Report on sanitation, dispensaries, and jails in Rajputana for 1917, and on vaccination for the year 1917-1918 - 1917-1918
Year: 1917
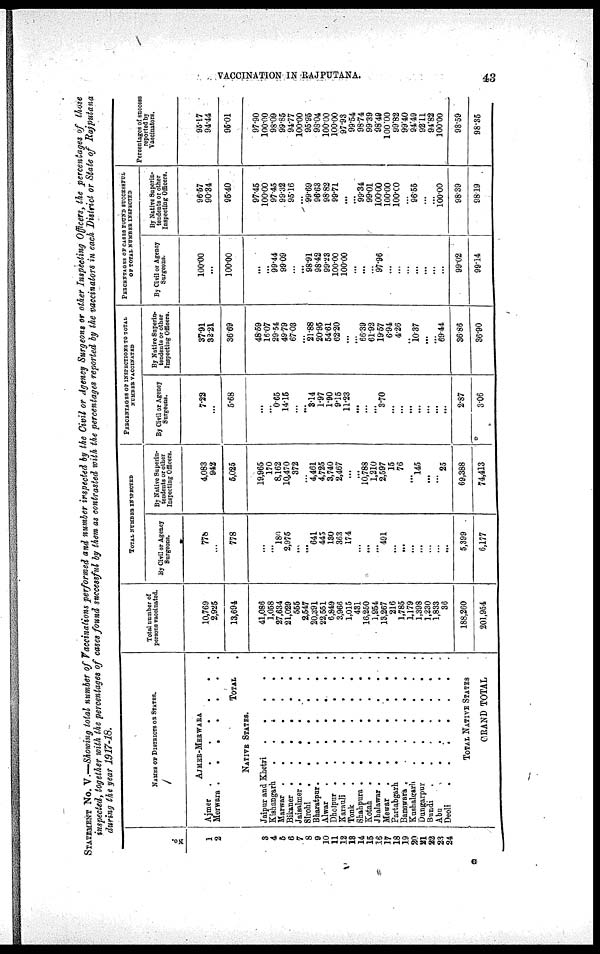
VACCINATION IN RAJPUTANA.
43
STATEMENT NO. V.—Showing total number of Vaccinations performed and number inspected by the Civil or Agency Surgeons or other Inspecting Officers, the percentages of those
inspected, together with the percentages of cases found successful by them as contrasted with the percentages reported by the vaccinators in each District or State of Rajputana
during the year 1917-18.
No.
1
2
3
4
5
6
7
8
9
10
11
12
13
14
15
16
17
18
19
20
21
22
23
24
NATIVE OF DISTRICTS OR STATES.
AJMER-MERWARA
Ajmer
.
.
.
.
.
.
.
Merwara .
.
.
.
.
.
.
TOTAL .
NATIVE STATES.
Jaipur and Khetri
.
.
.
.
Kishangarh
.
.
.
.
..
Marwar
.
.
.
.
.
.
.
Bikaner .
.
.
.
.
.
.
Jaisalmer .
.
.
.
.
.
.
Sirohi
.
.
.
.
.
.
.
Bharatpur
.
.
.
.
.
.
.
Alwar
.
.
.
.
. .
.
.
Dholpur .
.
.
.
.
.
.
Karauli .
.
.
.
.
.
.
Tonk
Shahpura .
.
.
.
.
.
.
Kotah
Jhalawar .
.
.
.
.
.
.
Mewar
.
.
.
.
.
.
.
Partabgarh
.
.
.
.
.
.
Banawara
.
.
.
.
.
.
.
Kushalgarh . . . . . .
Dungarpur
.
.
.
.
.
.
Bundi
.
.
.
.
.
.
.
Abu . . . . . . . .
Deoli
.
.
.
.
.
.
.
TOTAL NATIVE STATES
GRAND TOTAL
Total number of
persons vaccinated.
10,769
2,925
13,694
41,086
1,058
27,634
21,029
555
2,547
20,391
22,551
6,849
3,966
1,015
431
16,250
1,954
13,267
216
1,785
1,179
1,398
1,230
1,833
36
188,260
201,954
TOTAL NUMBER INSPECTED
By Civil or Agency
Surgeons.
778
...
778
...
...
180
2,975
...
...
641
445
130
363
174
...
...
...
491
...
...
...
...
...
...
. ..
5,399
6,177
By Native Superin-
tendents or other
Inspecting Officers.
4,083
942
5,025
19,965
170
8,162
10,470
372
...
4,461
4,725
3,740
2,467
...
...
10,788
1,210
2,597
15
76
...
145
...
...
25
69,388
74,413
PERCENTAGES OF INSPECTIONS TO TOTAL
NUMBER VACCINATED
By Civil or Agency
Surgeons.
7.22
...
5.68
...
...
0.65
14.15
...
...
3.14
1.97
1.90
9.15
11.23
...
...
...
3.70
...
...
...
...
...
...
...
2.87
3.06
By Native Superin-
tendents or other
Inspecting Officers.
37.91
32.21
36.69
48.59
16.07
29.54
49.79
67.03
...
21.88
20.95
54.61
62.20
...
...
66.39
61.92
19.57
6.94
4.26
..
10.37
...
...
69.44
36.86
36.90
PERCENTAGES OF CASES FOUND SUCCUESSFUL
OF TOTAL NUMBER INSPECTED
By Civil or Agency
Surgeons.
l00.00
...
100.00
...
...
99.44
99.09
...
...
98.91
98.42
99.23
100.00
100.00
...
...
...
97.96
...
...
...
...
...
...
...
99.02
99.14
By Native Superin-
tendents or other
Inspecting Officers.
96.57
90.34
95.40
97.45
100.00
97.45
99.32
95.16
...
99.69
96.63
98.82
99.71
...
...
99.34
99.01
100.00
100.00
100.00
...
96.55
...
...
100.00
98.39
98.19
Percentages of success
reported by
Vaccinators.
95.17
94.44
95.01
97.90
100.00
98.09
99.85
94.77
100.00
95.95
98.04
100.00
100.00
97.93
99.54
98.74
99.39
98.49
100.00
99.82
99.40
94.49
92.11
94.82
100.00
98.59
98.35
G